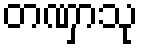
တဏှာသု